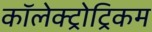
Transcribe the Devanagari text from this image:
कॉलेक्ट्रोट्रिकम